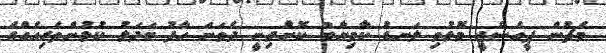
މެޗުން ޕީއެސްޖީ މޮޅުވި ލަނޑު ކާމިޔާބު ކޮށްދިނީ ދެވަނަ ހާފު ބަދަލު ކުޅުންތެރިއެއްގެ